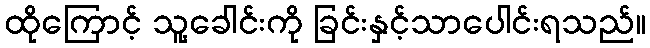
ထိုကြောင့် သူ့ခေါင်းကို ခြင်းနှင့်သာပေါင်းရသည်။